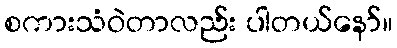
စကားသံဝဲတာလည်း ပါတယ်နော်။